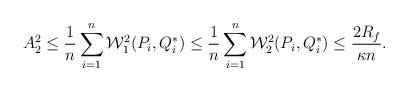
LaTeX: \begin{align*}A_2^2 \le \frac{1}{n}\sum_{i=1}^n\mathcal{W}_1^2(P_i,Q^*_i) \le \frac{1}{n}\sum_{i=1}^n\mathcal{W}_2^2(P_i,Q^*_i) \le \frac{2R_f}{\kappa n}.\end{align*}